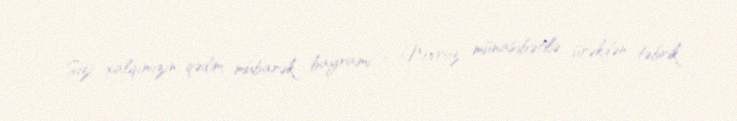
Sizi xalqımızın qədim, mübarək bayramı – Novruz münasibətilə ürəkdən təbrik